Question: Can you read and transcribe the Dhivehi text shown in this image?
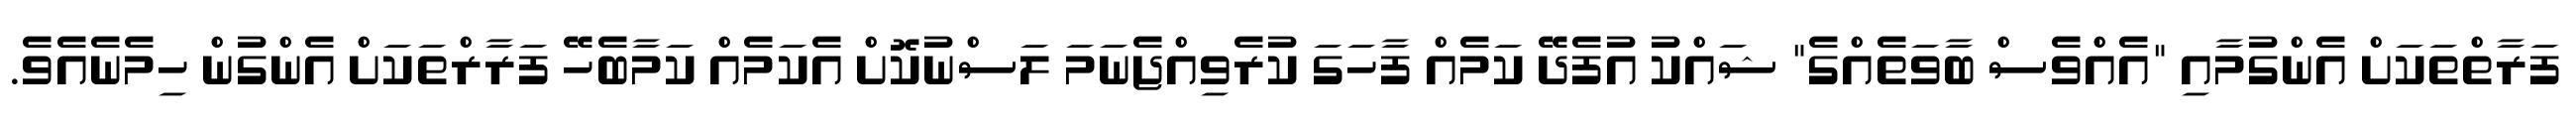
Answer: ފަރާތްތަކަށް އެންގުމާއި "އެއްވެސް ބާވަތެއްގެ" ޝައްކު އުފެދޭ ކަމެއް ފާހަގަ ކުރެވިއްޖެނަމަ ލަސްނުކޮށް އެކަމެއް ކަމާބެހޭ ފަރާރްތަކަށް އެންގުން ހިމެނެއެވެ.